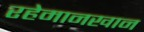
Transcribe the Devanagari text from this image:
रहेमानखान